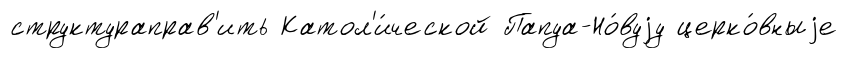
структураправ'ить Катол'и́ческой Папуа-Но́вуjу церко́вныjе